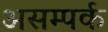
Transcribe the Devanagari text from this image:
असम्पर्क